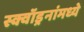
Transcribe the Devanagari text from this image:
स्क्वॉड्रनांमध्ये